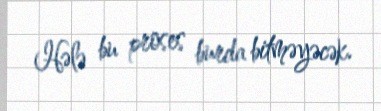
Hələ bu proses burda bitməyəcək.